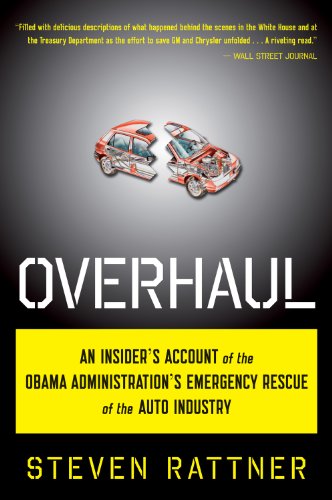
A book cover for Overhaul: An Insider's Account of the Obama Administration's Emergency Rescue of the Auto Industry; Steven Rattner; Business & Money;